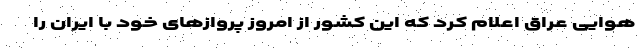
هوایی عراق اعلام کرد که این کشور از امروز پروازهای خود با ایران را